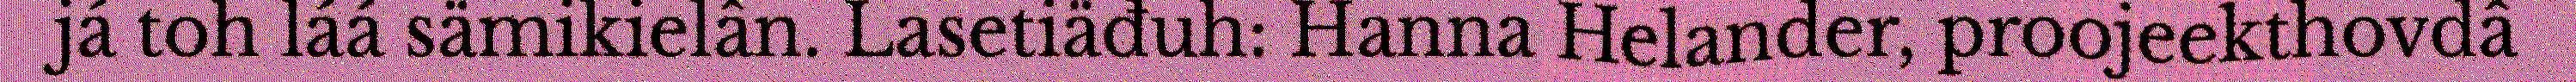
já toh láá sämikielân. Lasetiäđuh: Hanna Helander, proojeekthovdâ